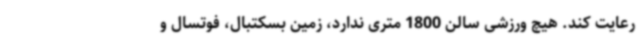
رعایت کند. هیچ ورزشی سالن 1800 متری ندارد، زمین بسکتبال، فوتسال و